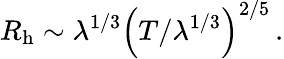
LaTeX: R_{\mathrm{h}}\sim\lambda^{1/3}\Bigr(T/\lambda^{1/3}\Bigl)^{2/5}\, .